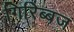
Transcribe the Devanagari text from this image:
गिरिब्बज